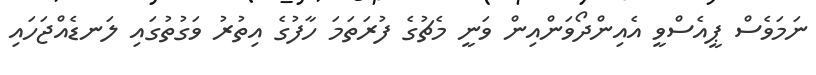
ނަމަވެސް ޕީއެސްވީ އެއިންދޯވަންއިން ވަނީ މެޗުގެ ފުރަތަމަ ހާފުގެ އިތުރު ވަގުތުގައި ލަނޑެއްޖަހައި